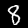
Label: 8